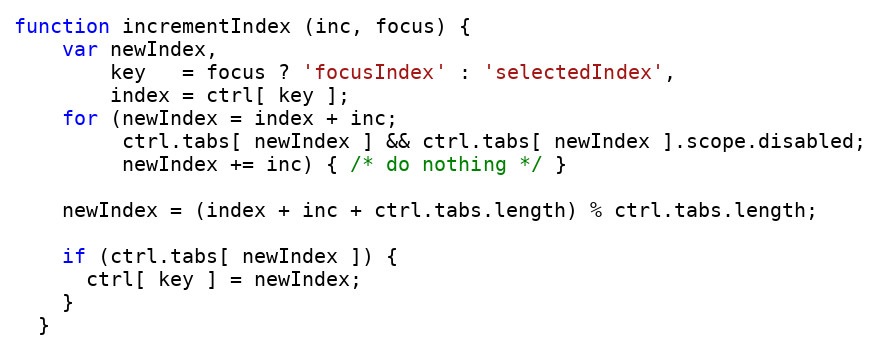
Language: JavaScript
function incrementIndex (inc, focus) {
    var newIndex,
        key   = focus ? 'focusIndex' : 'selectedIndex',
        index = ctrl[ key ];
    for (newIndex = index + inc;
         ctrl.tabs[ newIndex ] && ctrl.tabs[ newIndex ].scope.disabled;
         newIndex += inc) { /* do nothing */ }

    newIndex = (index + inc + ctrl.tabs.length) % ctrl.tabs.length;

    if (ctrl.tabs[ newIndex ]) {
      ctrl[ key ] = newIndex;
    }
  }